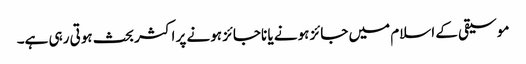
موسیقی کے اسلام میں جائز ہونے یا ناجائز ہونے پر اکثر بحث ہوتی رہی ہے۔